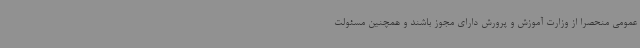
عمومی منحصراً از وزارت آموزش و پرورش دارای مجوز باشند و همچنین مسئولت